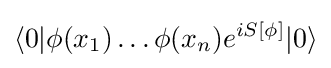
\langle 0|\phi (x_{1})\dots \phi (x_{n})e^{iS[\phi ]}|0\rangle